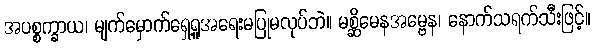
အပစ္စက္ခာယ၊ မျက်မှောက်ရှေ့ရူအရေးမပြုမလုပ်ဘဲ။ မစ္ဆိမေနအမ္ဗေန၊ နောက်သရက်သီးဖြင့်။